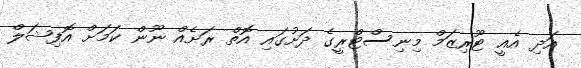
އަދި އެއީ ޓޫރިޒަމް މިނިސްޓްރީގެ ދަށުގައި އޮތް ރަށެއް ނޫން ކަމަށް އޮފިޝަލް